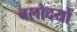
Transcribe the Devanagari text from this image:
बलोदयों